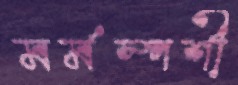
মর্মস্পর্শী